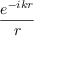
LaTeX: \frac { e ^ { - i k r } } { r }